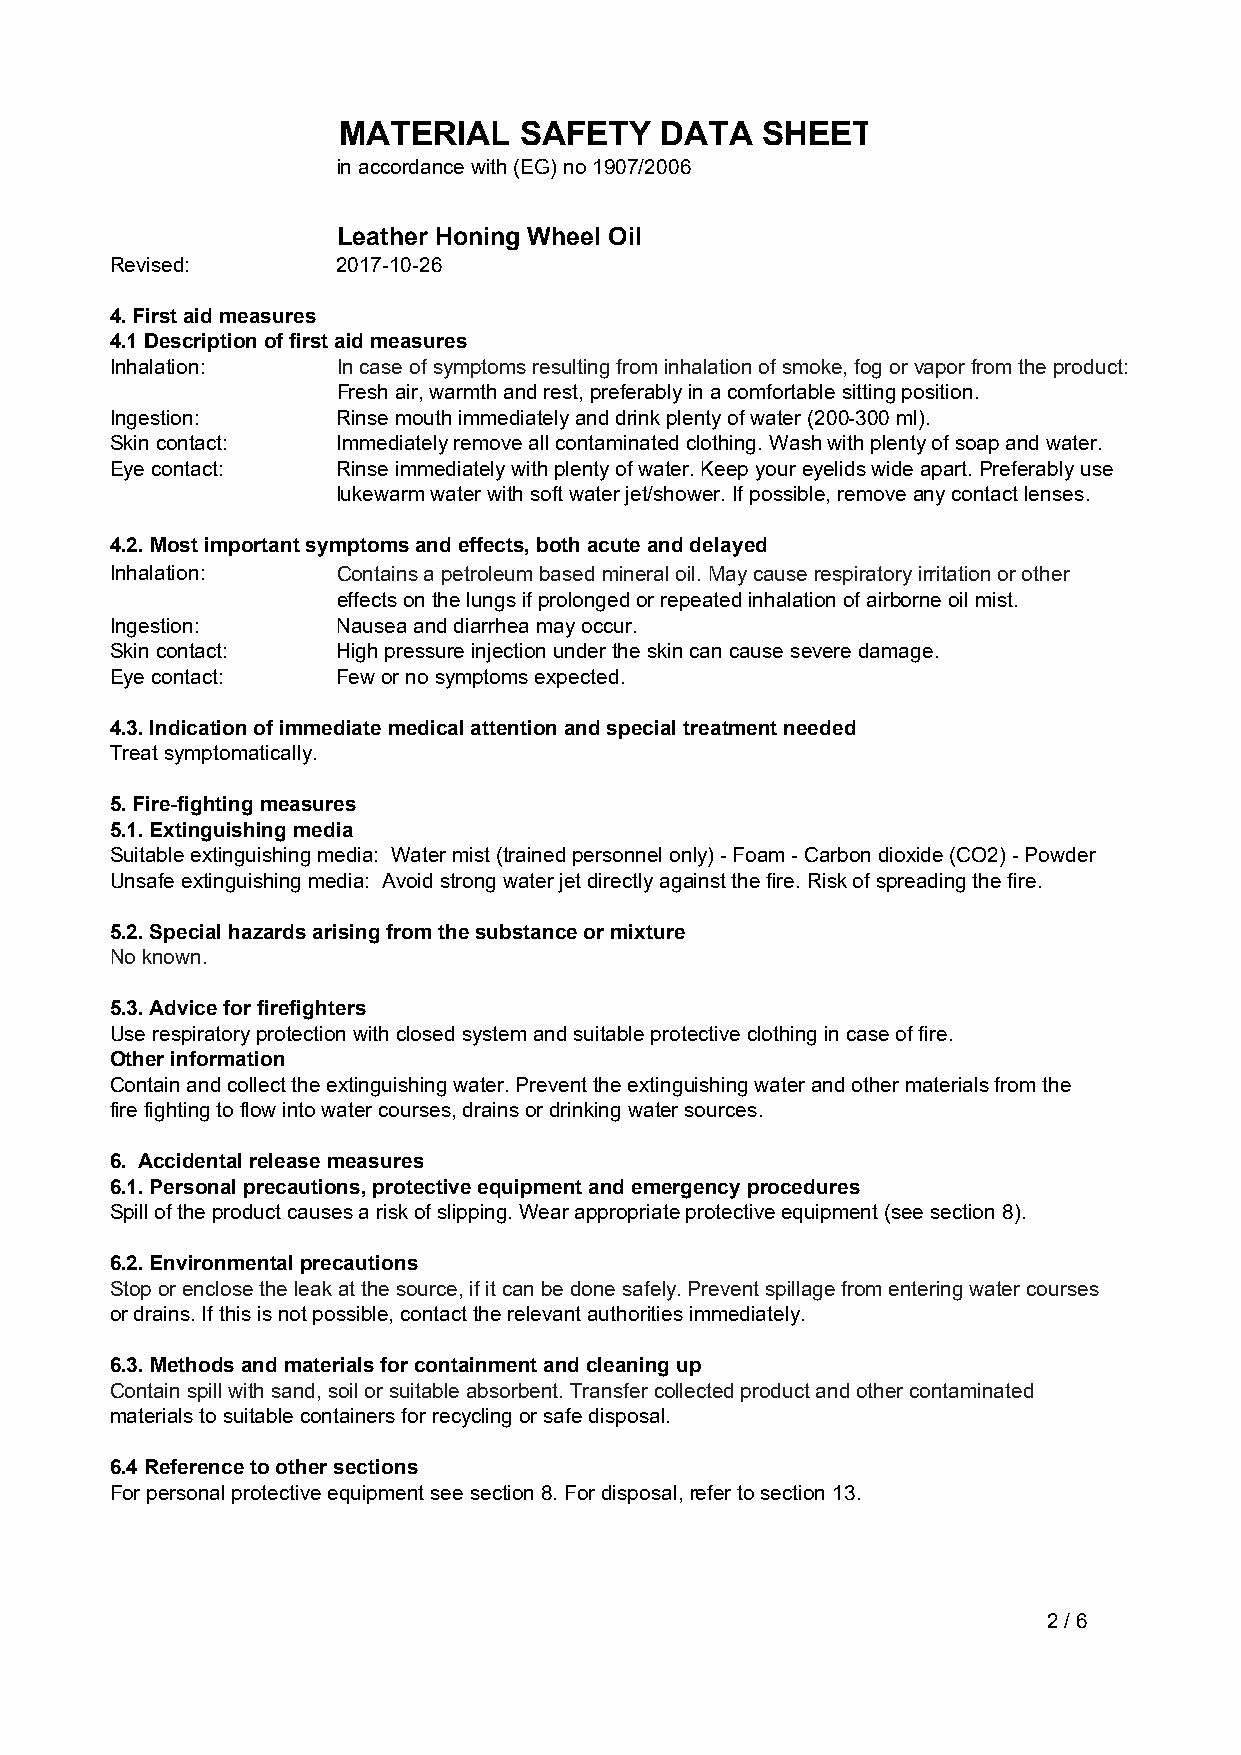
MATERIAL    SAFETY    DATA  SHEET
 in accordance with (EG) no 1907/2006
 Leather Honing Wheel Oil
 Revised:       2017-10-26
 4. First aid measures
 4.1 Description of first aid measures
 Inhalation:    In case of symptoms resulting from inhalation of smoke, fog or vapor from the product:
 Fresh air, warmth and rest, preferably in a comfortable sitting position.
 Ingestion:     Rinse mouth immediately and drink plenty of water (200-300 ml).
 Skin contact:  Immediately remove all contaminated clothing. Wash with plenty of soap and water.
 Eye contact:   Rinse immediately with plenty of water. Keep your eyelids wide apart. Preferably use
 lukewarm water with soft water jet/shower. If possible, remove any contact lenses.
 4.2. Most important symptoms and effects, both acute and delayed
 Inhalation:    Contains a petroleum based mineral oil. May cause respiratory irritation or other
 effects on the lungs if prolonged or repeated inhalation of airborne oil mist.
 Ingestion:     Nausea and diarrhea may occur.
 Skin contact:  High pressure injection under the skin can cause severe damage.
 Eye contact:   Few or no symptoms expected.
 4.3. Indication of immediate medical attention and special treatment needed
 Treat symptomatically.
 5. Fire-fighting measures
 5.1. Extinguishing media
 Suitable extinguishing media: Water mist (trained personnel only) - Foam - Carbon dioxide (CO2) - Powder
 Unsafe extinguishing media: Avoid strong water jet directly against the fire. Risk of spreading the fire.
 5.2. Special hazards arising from the substance or mixture
 No known.
 5.3. Advice for firefighters
 Use respiratory protection with closed system and suitable protective clothing in case of fire.
 Other information
 Contain and collect the extinguishing water. Prevent the extinguishing water and other materials from the
 fire fighting to flow into water courses, drains or drinking water sources.
 6. Accidental release measures
 6.1. Personal precautions, protective equipment and emergency procedures
 Spill of the product causes a risk of slipping. Wear appropriate protective equipment (see section 8).
 6.2. Environmental precautions
 Stop or enclose the leak at the source, if it can be done safely. Prevent spillage from entering water courses
 or drains. If this is not possible, contact the relevant authorities immediately.
 6.3. Methods and materials for containment and cleaning up
 Contain spill with sand, soil or suitable absorbent. Transfer collected product and other contaminated
 materials to suitable containers for recycling or safe disposal.
 6.4 Reference to other sections
 For personal protective equipment see section 8. For disposal, refer to section 13.
 2 / 6